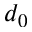
d _ { 0 }